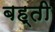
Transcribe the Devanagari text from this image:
बह्ती